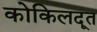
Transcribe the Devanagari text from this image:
कोकिलदूत